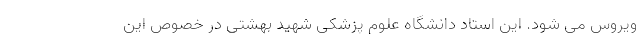
ویروس می شود. این استاد دانشگاه علوم پزشکی شهید بهشتی در خصوص این